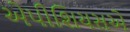
એપીશિયસએ